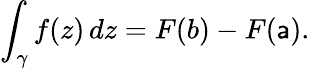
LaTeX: \int_{\gamma}f(z)\, dz=F(b)-F(\mathsf{a}).